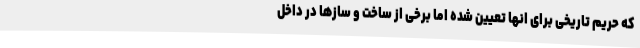
که حریم تاریخی برای انها تعیین شده اما برخی از ساخت و سازها در داخل